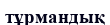
тұрмандық